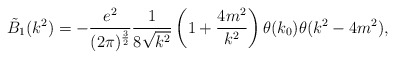
\begin{align*}\tilde{B}_1(k^2)=-\frac{e^2}{(2\pi)^{\frac{3}{2}}}\frac{1}{8\sqrt{k^2}}\left(1+\frac{4m^2}{k^2}\right)\theta (k_0)\theta (k^2-4m^2),\end{align*}